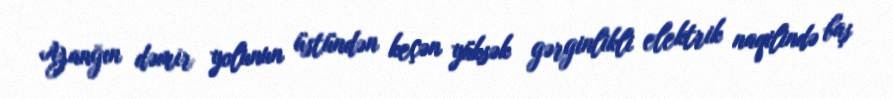
Yanğın dəmir yolunun üstündən keçən yüksək gərginlikli elektrik naqilində baş